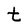
Character: t